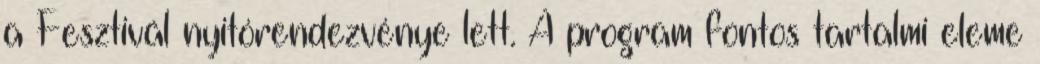
a Fesztivál nyitórendezvénye lett. A program fontos tartalmi eleme